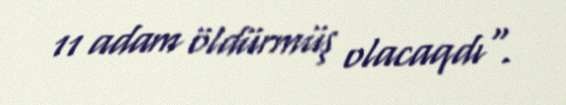
11 adam öldürmüş olacaqdı".